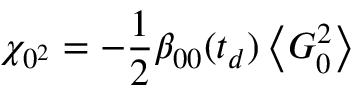
\chi _ { 0 ^ { 2 } } = - \frac { 1 } { 2 } \beta _ { 0 0 } ( t _ { d } ) \left\langle G _ { 0 } ^ { 2 } \right\rangle